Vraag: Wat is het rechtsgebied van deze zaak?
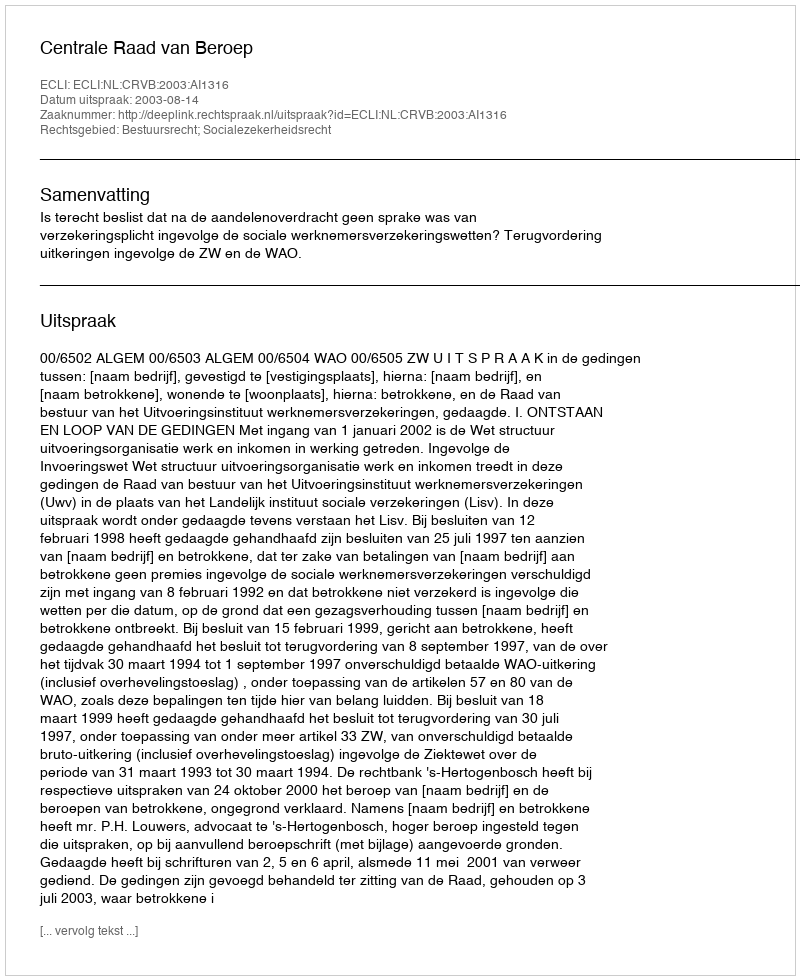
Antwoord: Bestuursrecht; Socialezekerheidsrecht